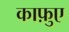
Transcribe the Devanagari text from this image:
काफ़ुए